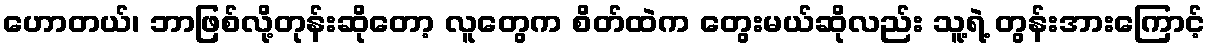
ဟောတယ်၊ ဘာဖြစ်လို့တုန်းဆိုတော့ လူတွေက စိတ်ထဲက တွေးမယ်ဆိုလည်း သူ့ရဲ့ တွန်းအားကြောင့်